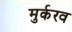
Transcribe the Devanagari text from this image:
मुर्करव